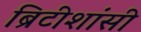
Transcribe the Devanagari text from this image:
ब्रिटीशांसी